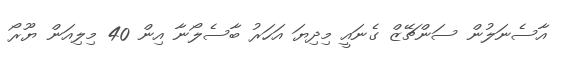
އާސެނަލުން ސަންޗޭޒް ގެނައީ މިދިޔަ އަހަރު ބާސެލޯނާ އިން 40 މިލިއަން ޔޫރޯ